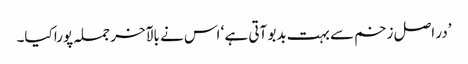
’در اصل زخم سے بہت بدبو آتی ہے ‘ اس نے بالآخر جملہ پورا کیا۔